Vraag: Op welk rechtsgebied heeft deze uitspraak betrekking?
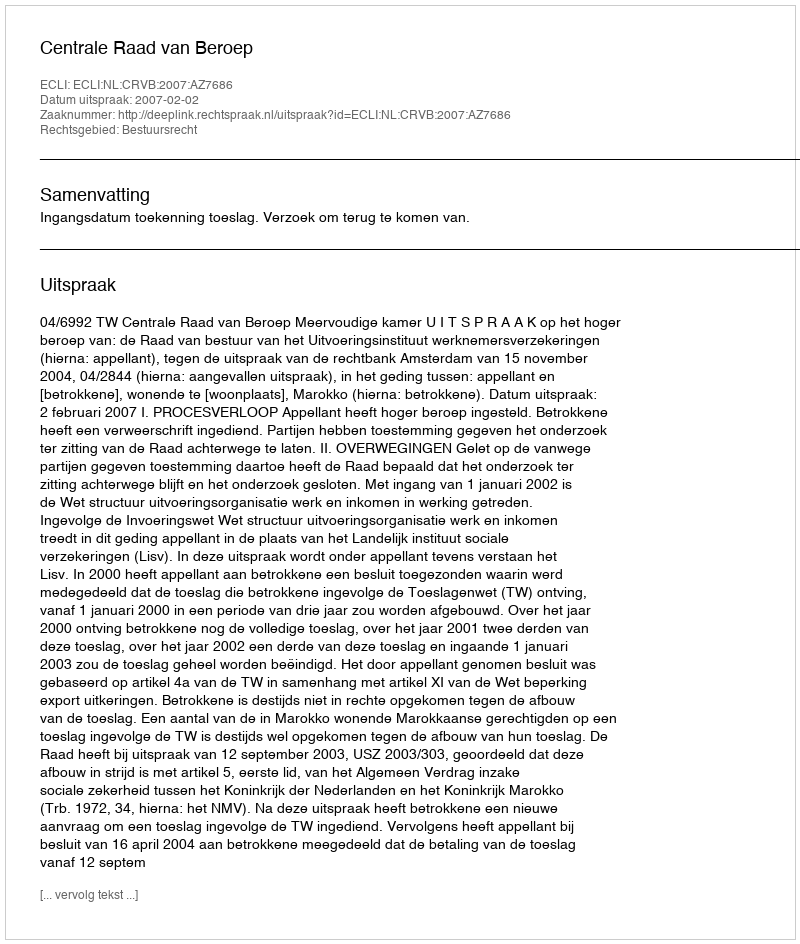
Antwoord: Bestuursrecht